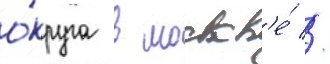
о́круга в москв'е́ //